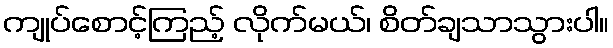
ကျုပ်စောင့်ကြည့် လိုက်မယ်၊ စိတ်ချသာသွားပါ။